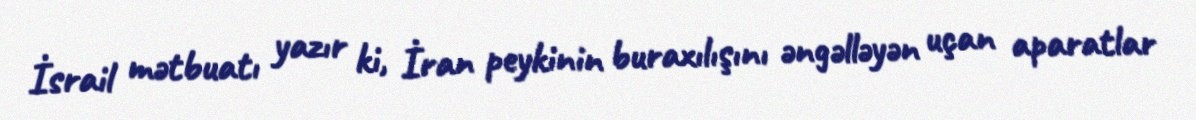
İsrail mətbuatı yazır ki, İran peykinin buraxılışını əngəlləyən uçan aparatlar